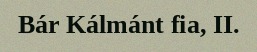
Bár Kálmánt fia, II.